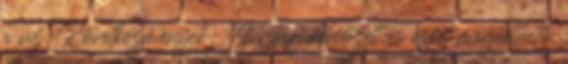
a víz. Következmények: A világ rendezett és ezért megérthető.